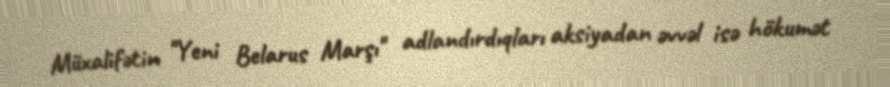
Müxalifətin "Yeni Belarus Marşı" adlandırdıqları aksiyadan əvvəl isə hökumət